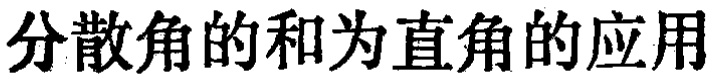
分散角的和为直角的应用